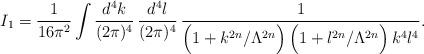
LaTeX: \begin{align*}I_1 = \frac{1}{16\pi^2}\int \frac{d^4k}{(2\pi)^4}\,\frac{d^4l}{(2\pi)^4}\,\frac{1}{\Big(1+k^{2n}/\Lambda^{2n}\Big)\,\Big(1+l^{2n}/\Lambda^{2n}\Big)\,k^4 l^4}.\end{align*}